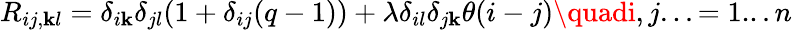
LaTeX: R_{ij,\mathbf{k}l}=\delta_{i\mathbf{k}}\delta_{jl}(1+\delta_{ij}(q-1))+\lambda\delta_{il}\delta_{j\mathbf{k}}\theta(i-j)\quadi,j...=1...n